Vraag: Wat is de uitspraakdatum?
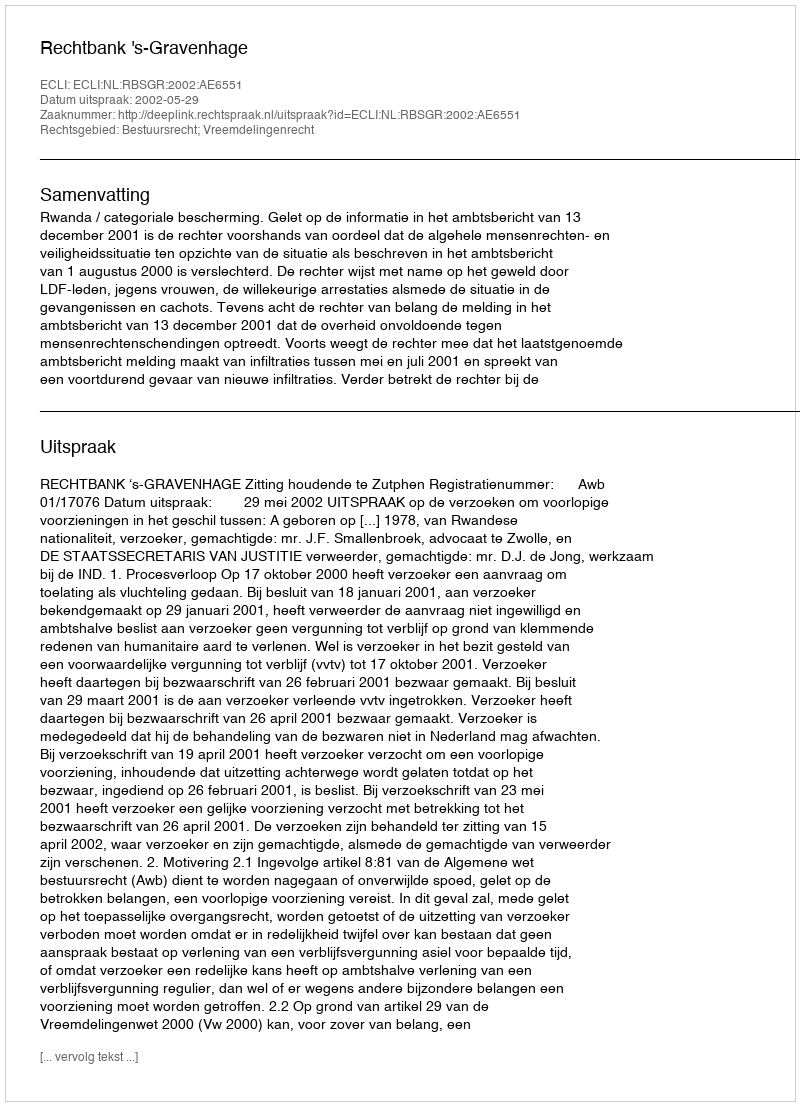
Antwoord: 2002-05-29